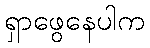
ရှာဖွေနေပါက